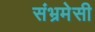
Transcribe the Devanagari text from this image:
संभ्रमेसी